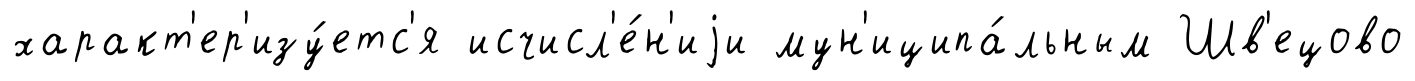
характ'ер'изу́етс'я исчисл'е́н'иjи мун'иципа́льным Шв'ецово